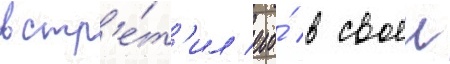
встр'е́т'ил его́ в своеи